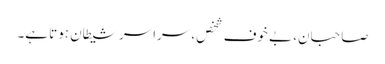
صاحبان، بے خوف شخص، سراسر شیطان ہوتا ہے۔